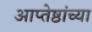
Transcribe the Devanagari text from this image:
आप्‍तेष्ठांच्या